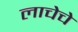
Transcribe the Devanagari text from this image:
लाचेचे